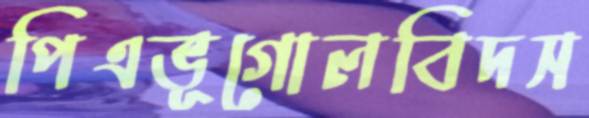
পিএভূগোলবিদস